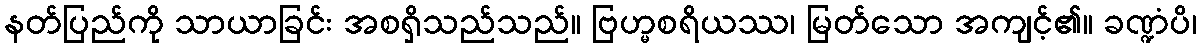
နတ်ပြည်ကို သာယာခြင်း အစရှိသည်သည်။ ဗြဟ္မစရိယဿ၊ မြတ်သော အကျင့်၏။ ခဏ္ဍံပိ၊